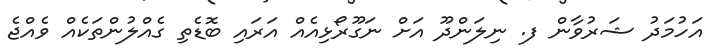
އަހުމަދު ޝަރުވާން ފ. ނިލަންދޫ އަށް ނަގޫރޯޅިއެއް އަރައި ބޮޑެތި ގެއްލުންތަކެއް ވެއްޖެ